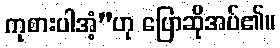
ကုစားပါအံ့”ဟု ပြောဆိုအပ်၏။